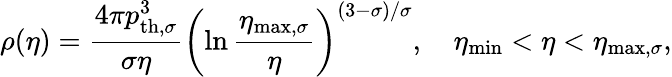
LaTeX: \rho(\eta)=\frac{4\pi p_{\mathrm{th,}\sigma}^{3}}{\sigma\eta}\left(\ln\frac{\eta_{\mathrm{max,}\sigma}}{\eta}\right)^{(3-\sigma)/\sigma},\quad\eta_{\mathrm{min}}<\eta<\eta_{\mathrm{max,}\sigma},